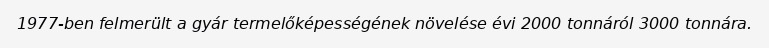
1977-ben felmerült a gyár termelőképességének növelése évi 2000 tonnáról 3000 tonnára.